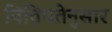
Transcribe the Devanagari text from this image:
विविधतेनुसार